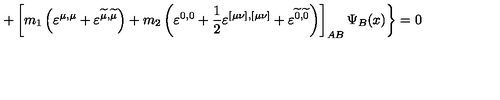
+ \left[ m _ { 1 } \left( \varepsilon ^ { \mu , \mu } + \varepsilon ^ { \widetilde { \mu } , \widetilde { \mu } } \right) + m _ { 2 } \left( \varepsilon ^ { 0 , 0 } + \frac 1 2 \varepsilon ^ { [ \mu \nu ] , [ \mu \nu ] } + \varepsilon ^ { \widetilde { 0 } , \widetilde { 0 } } \right) \right] _ { A B } \Psi _ { B } ( x ) \biggr \} = 0